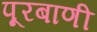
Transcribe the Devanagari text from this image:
पूरबाणी